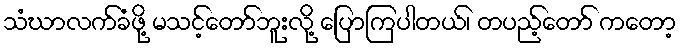
သံဃာလက်ခံဖို့ မသင့်တော်ဘူးလို့ ပြောကြပါတယ်၊ တပည့်တော် ကတော့